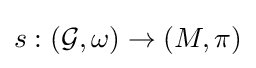
s:({\mathcal {G}},\omega )\to (M,\pi )